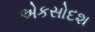
એકસોદશ